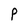
Character: P